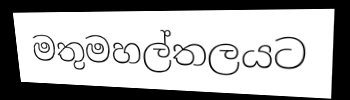
මතුමහල්තලයට